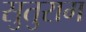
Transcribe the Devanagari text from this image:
सुतुराम